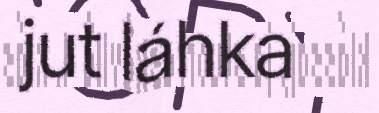
jut láhka